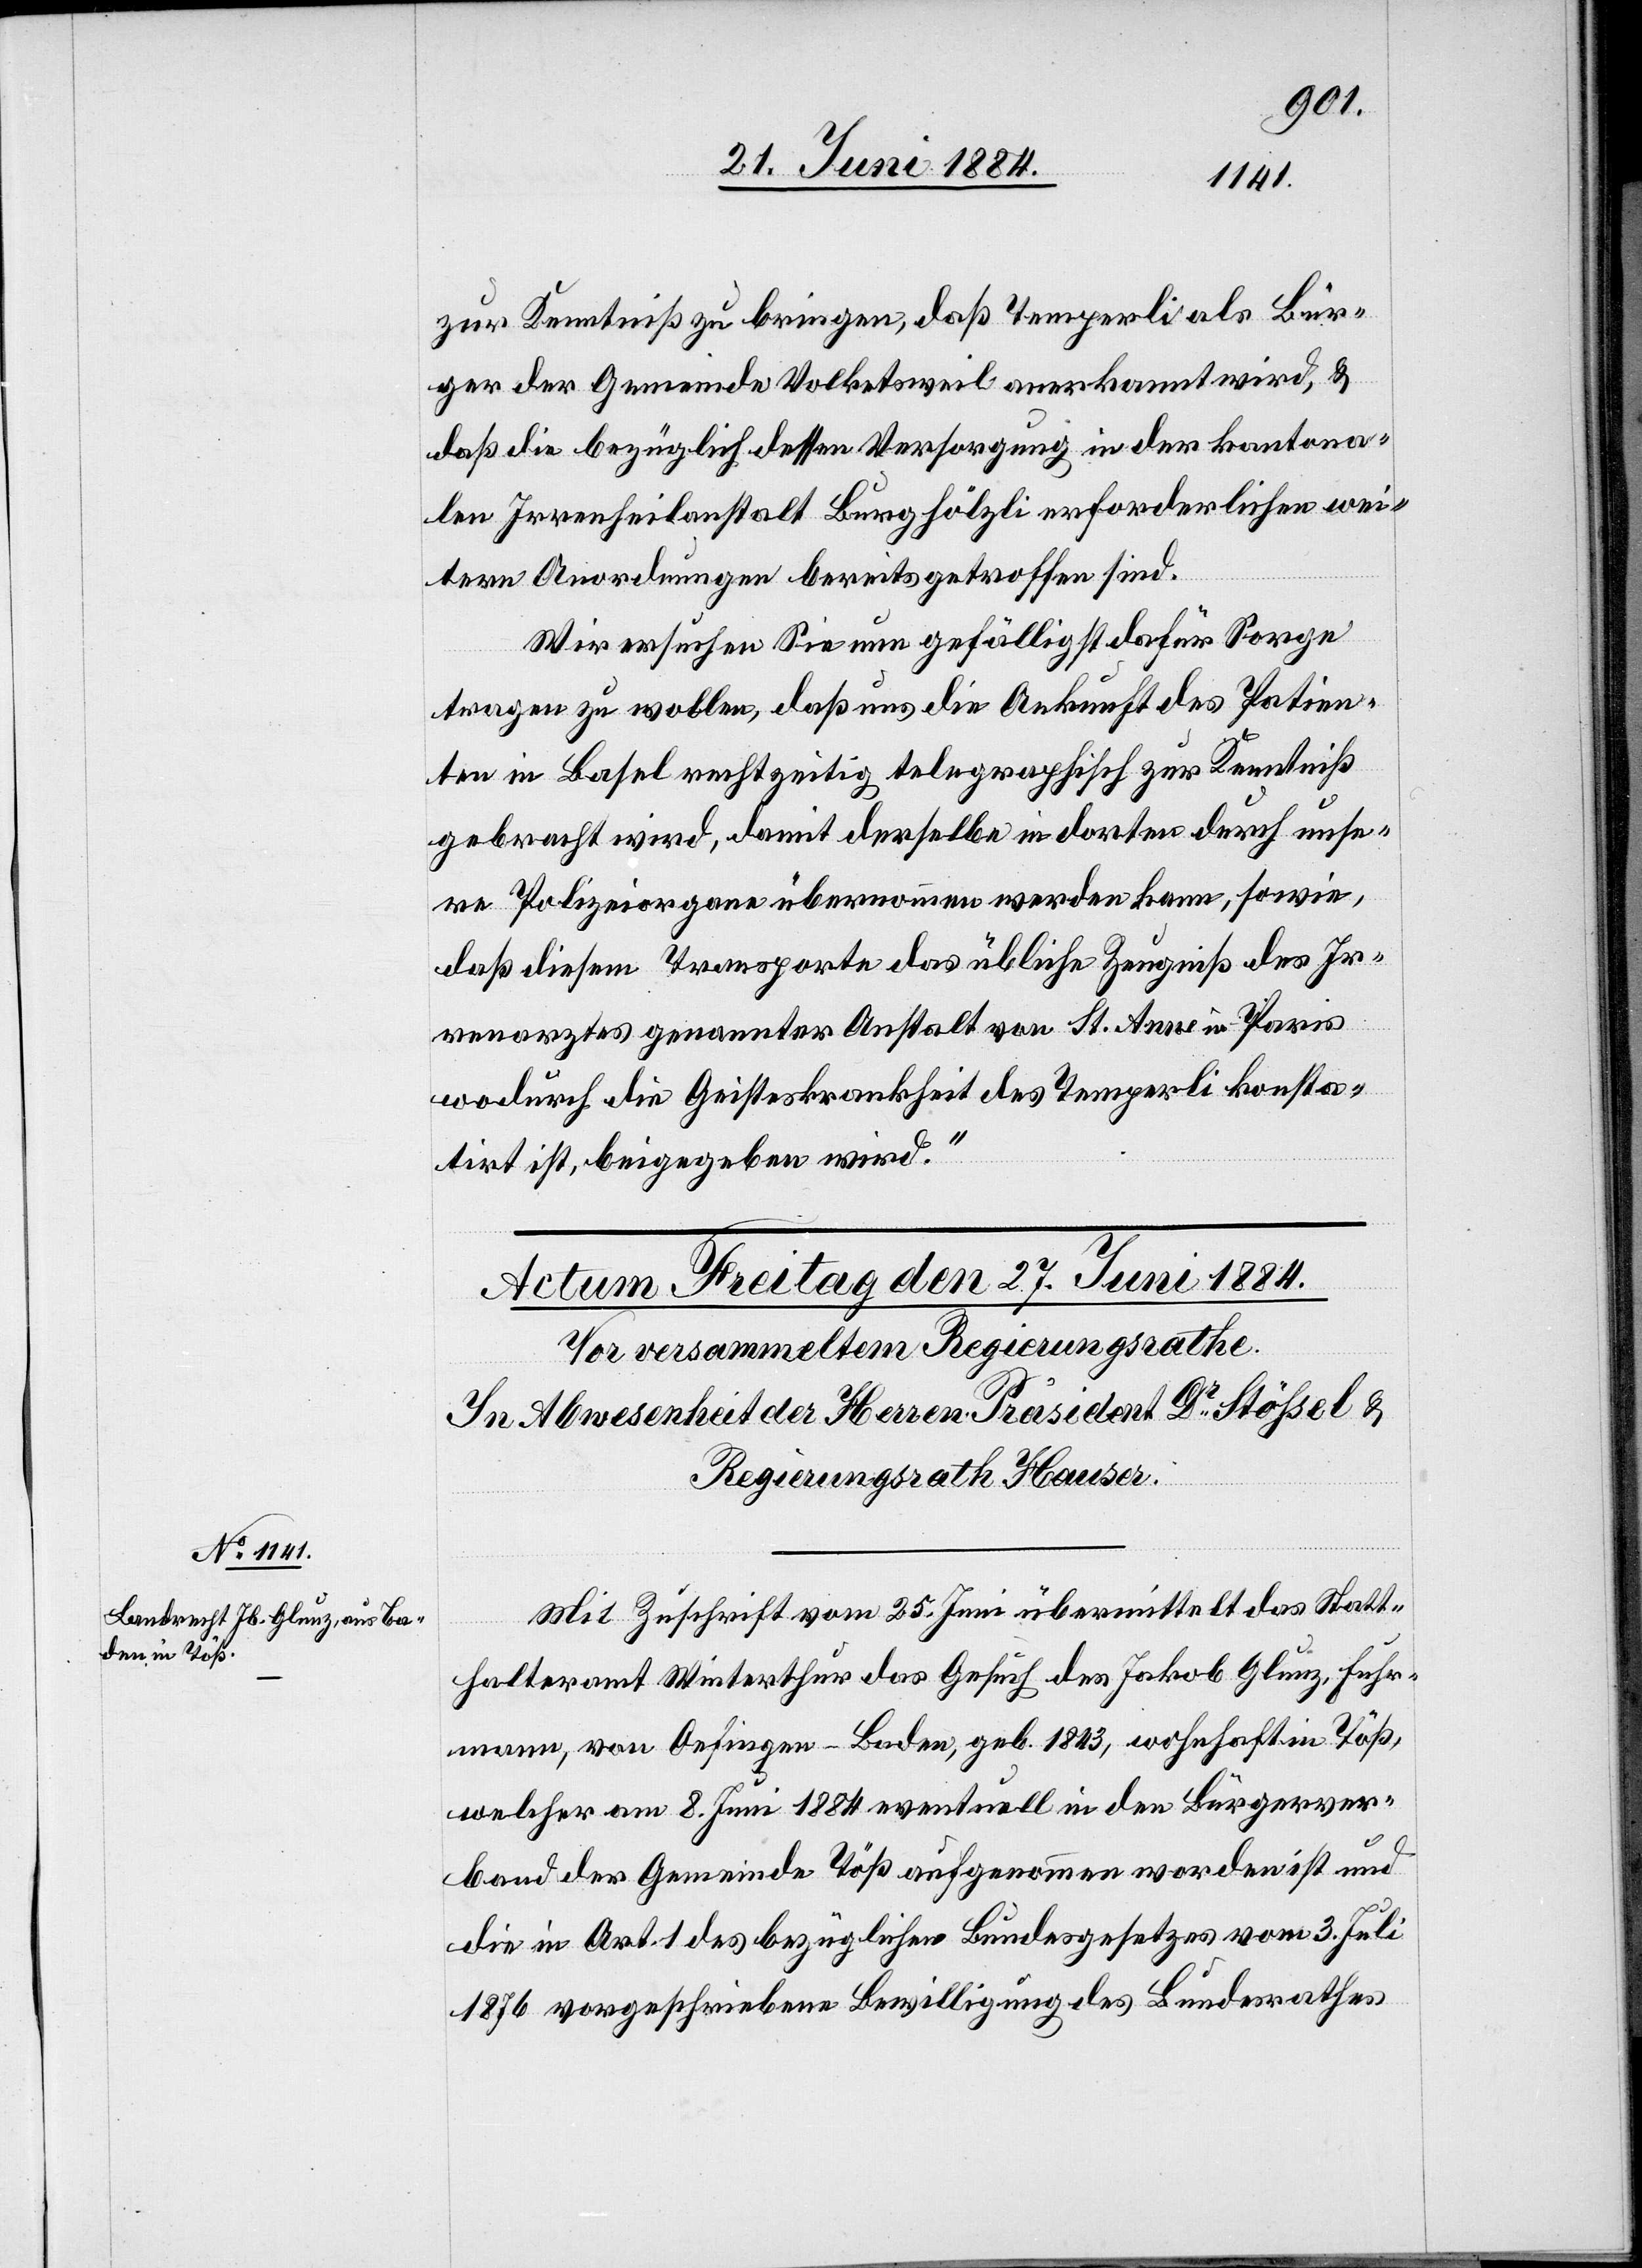
zur Kenntniß zu bringen, daß Temperli als Bür¬
ger der Gemeinde Voketsweil anerkannt wird, &
daß die bezüglich dessen Versorgung in der kantona¬
len Irrenheilanstalt Burghölzli erforderlichen wei¬
tern Anordnungen bereits getroffen sind.
Wir ersuchen Sie nun gefälligst dafür Sorge
tragen zu wollen, daß uns die Ankunft des Patien¬
ten in Basel rechtzeitig telegraphisch zur Kenntniß
gebracht wird, damit derselbe in dorten durch unse¬
re Polizeiorgane übernommen werden kann, sowie,
daß diesem Transporte das übliche Zeugniß des Ir¬
renarztes genannter Anstalt von St. Anne in Paris
wodurch die Geisteskrankheit des Temperli konsta¬
tirt ist, beigegeben wird.“
Mit Zuschrift vom 25. Juni übermittelt das Statt¬
halteramt Winterthur das Gesuch des Jakob Glunz, Fehr¬
mann, von Oefingen - Baden, geb. 1843, wohnhaft in Töß,
welcher am 8. Juni 1884 eventuell in den Bürgerver¬
band der Gemeinde Töß aufgenommen worden ist und
die in Art. 1 des bezüglichen Bundesgesetzes vom 3. Juli
1876 vorgeschriebene Bewilligung des Bundesrathes